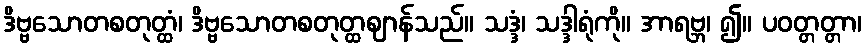
ဒိဗ္ဗသောတစတုတ္ထံ၊ ဒိဗ္ဗသောတစတုတ္ထဈာန်သည်။ သဒ္ဒံ၊ သဒ္ဒါရုံကို။ အာရဗ္ဘ၊ ၍။ ပဝတ္တတ္တာ၊